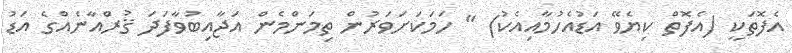
އެފޮތަކީ (އެފޮތް ކިޔެވޭ އަޑުއެހުމާއިއެކު) " ހަމަކަށަވަރުން ތިމަންމެން އަޖާއިބުވާފަދަ ޤުރްއާނެއްގެ އަޑު